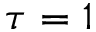
\tau = 1